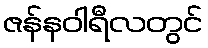
ဇန်နဝါရီလတွင်